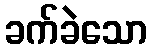
ခက်ခဲသော